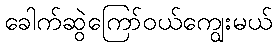
ခေါက်ဆွဲကြော်ဝယ်ကျွေးမယ်